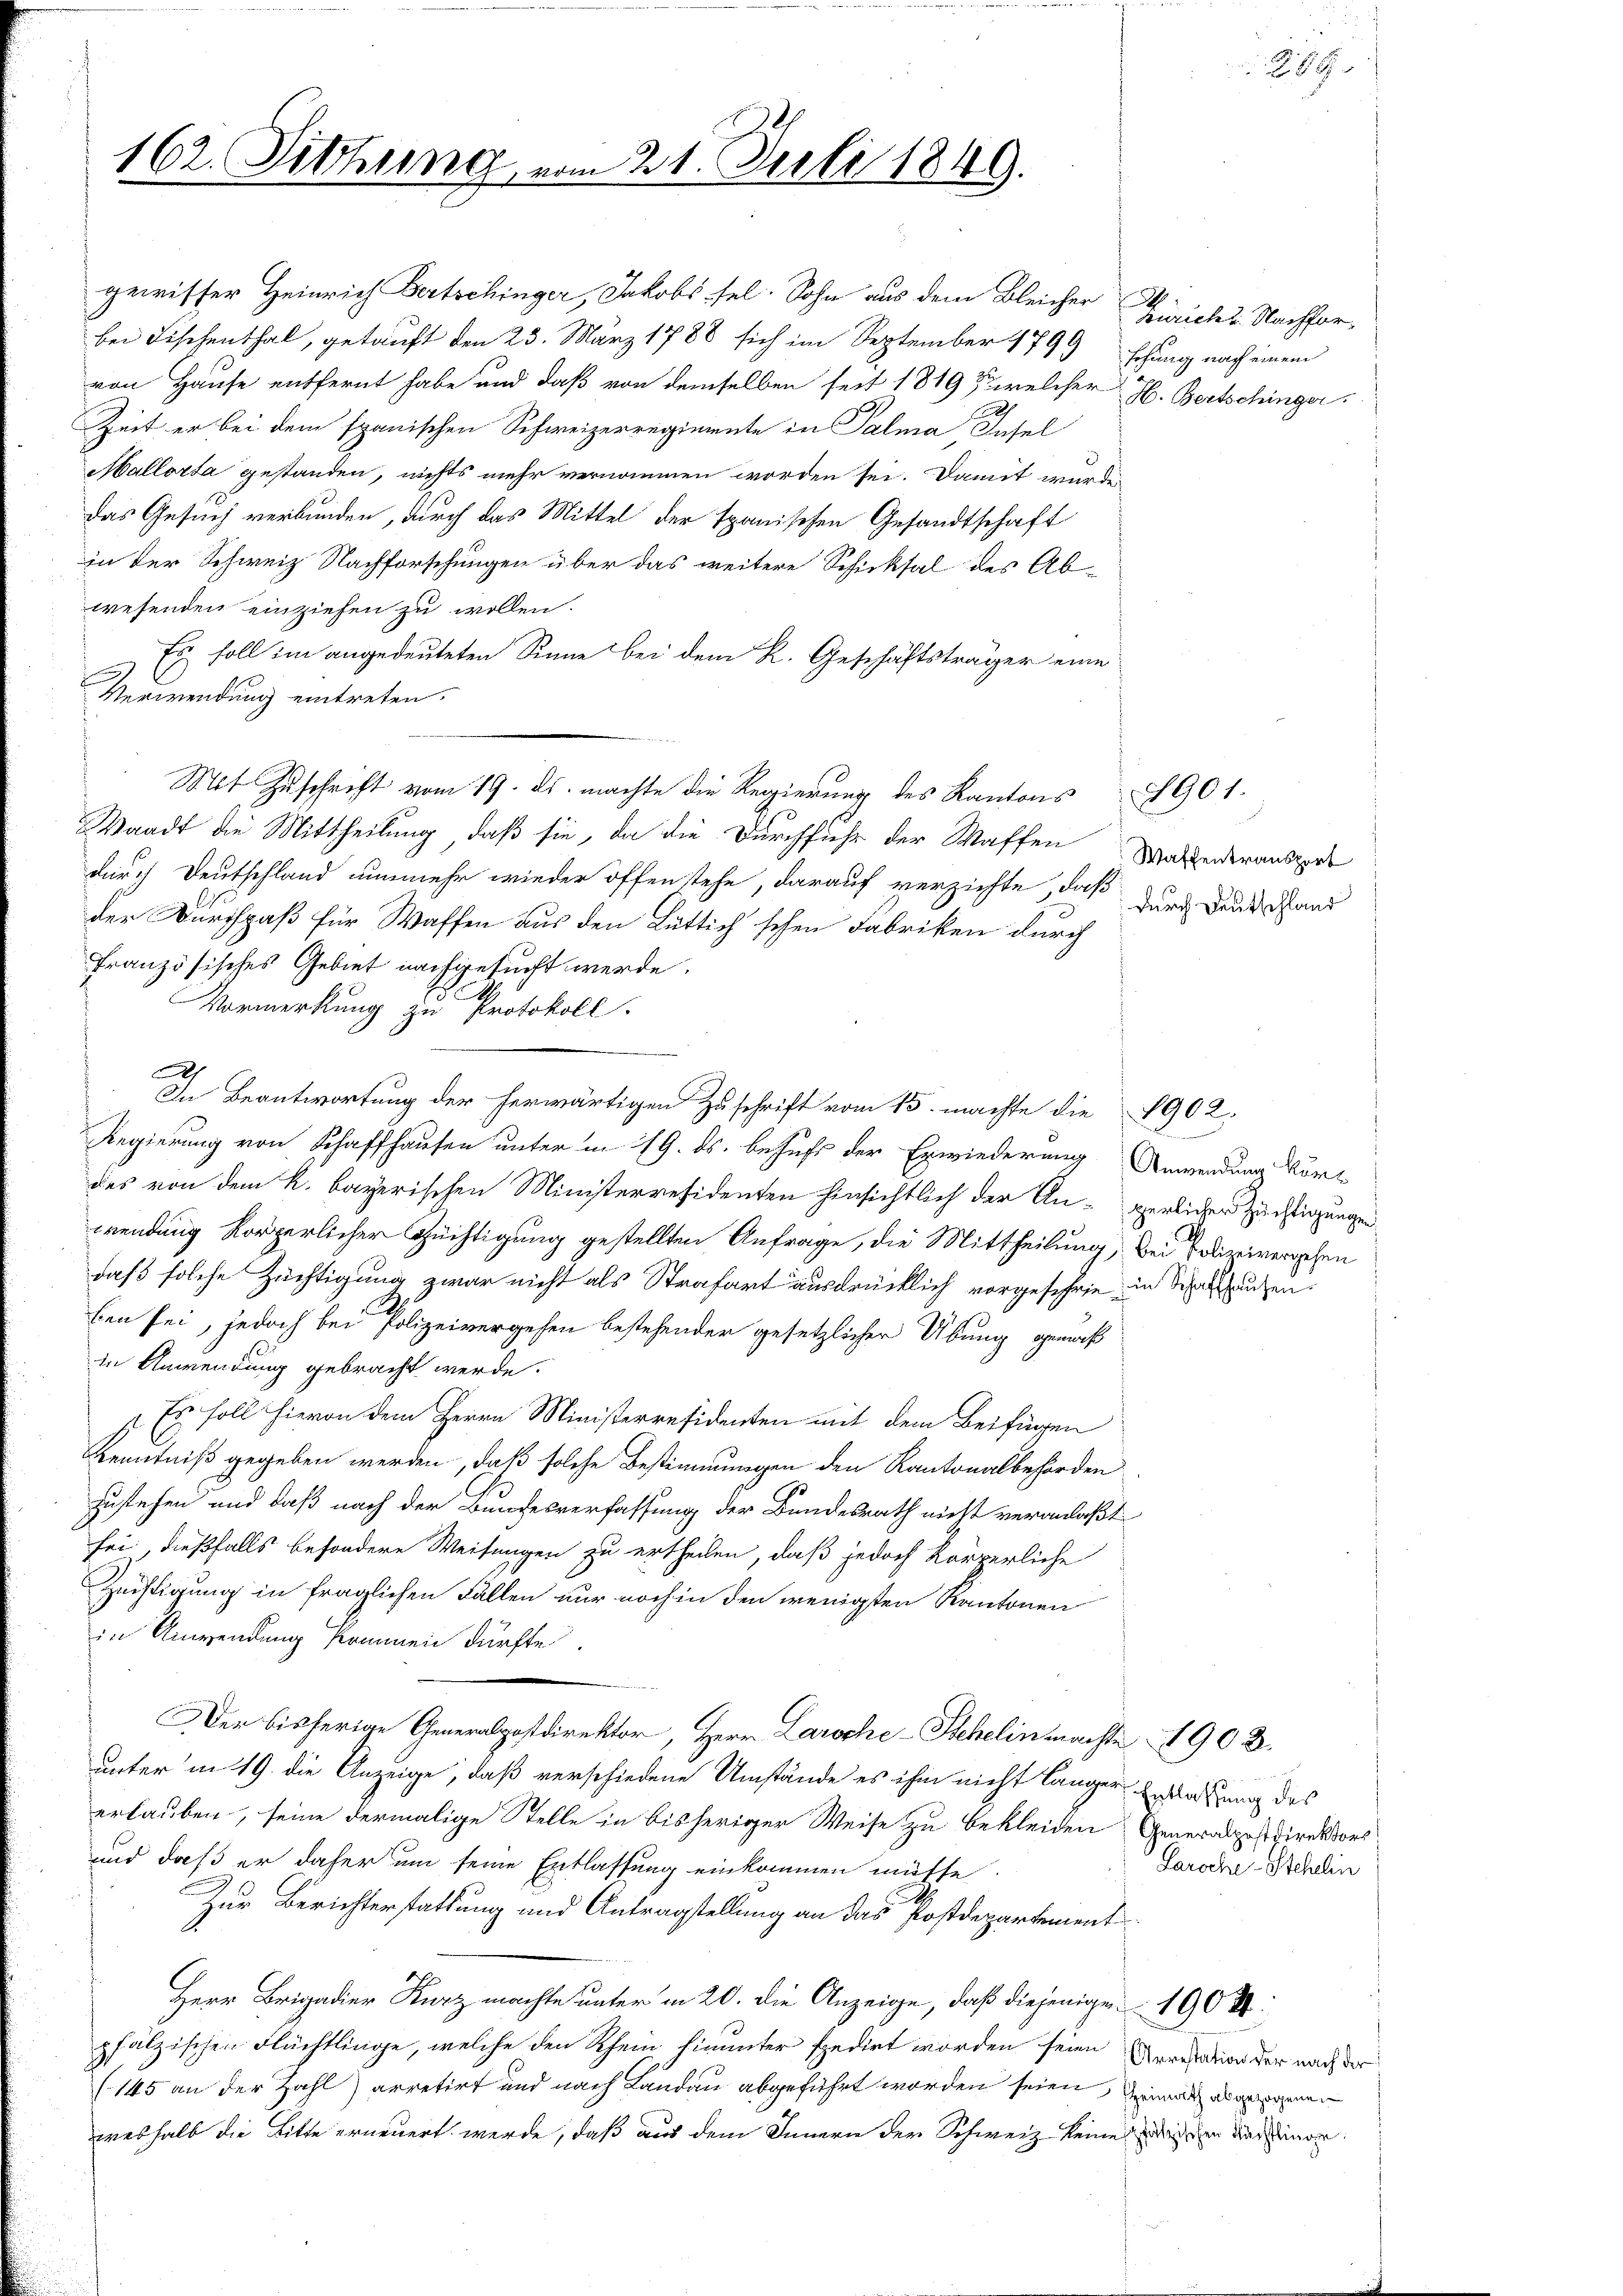
162. Sitzung vom 21. Juli 1849.

gewisser Heinrich Bertschinger, Jakobs sel. Sohn aus dem Bleicher Züricht. Nachforbei Fischenthal, getauft den 23. März 1788 sich im September 1799 schung nach einem
von Hause entfernt habe und daß von demselben seit 1819, welcher H. Bertschinger
Zeit er bei dem spanischen Schweizerregimente in Palma Insel
Mallorta gestanden, nichts mehr vernommen worden sei. Damit wurde
Das Gesuch verbunden, durch das Mittel der Spanischen Gesandtschaft
in der Schweiz Nachforschungen über das weitere Schicksal des Abwesenden einziehen zu wollen.
Es soll im angedeuteten Sinne bei dem R. Geschäftsträger eine
g
Verwendung eintreten.
Mit Zuschrift vom 19. ds. machte die Regierung des Kantons 1901.
Waadt die Mittheilung, daß sie, da die Durchfuhr der Waffen
durch Deutschland nunmehr wieder offen stehe, darauf verzichte, daß
der Durchpaß für Waffen aus den Lüttich'schen Fabriken durch
französisches Gebiet nachgesucht werde.
Vormerkung zu Protokoll.
In Beantwortung der herwärtigen Zuschrift vom 15. machte die 1902.
Regierung von Schaffhausen unter in 19. ds. behufs der Erwiederung Anwendung vorl
des von dem k. bayerischen Ministerresidenten hinsichtlich der An- verlicher Züchtigungen
wendung körperlicher Züchtigung gestellten Anfrage, die Mittheilung, bei Polizeivergehen
daß solche Züchtigung zwar nicht als Strafart ausdrücklich vorgeschrie in Sehnsuchen.
ben sei, jedoch bei Polizeivergehen bestehender gesetzlicher Übung gemaß
in Anwendung gebracht werde.
Es soll hievon dem Herrn Ministerresidenten mit dem Beifügen
Kenntniß gegeben werden, daß solche Bestimmungen den Kantonalbehörden
zustehen und daß nach der Bundesverfassung der Bundesrath nicht veranlaßt
sei, dießfalls besondere Weisungen zu ertheilen, daß jedoch körperliche
Züchtigung in fraglichen Fallen nur noch in den wenigsten Kantonen
in Anwendung kommen dürfte.
Der bisherige Generalpostdirektor, Herr Laroche-Schelin machte 1902.
unter in 19. die Anzeige, daß verschiedene Umstände es ihm nicht länger Ersatzung des
erlauben, seine dermalige Stelle in bisheriger Weise zu bekleiden Generalpostdirektors
und daß er daher um seine Entlassung einkommen müsse.
Zur Berichterstattung und Antragstellung an das Postdepartement
Herr Brigadier Kurz machte unter in 20. die Anzeige, daß diejenigen 190 Rt.
pfälzischen Flächtlinge, welche den Rhein hinunter spedirt worden seien Arrestation der nach der
(145 an der Zahl arretirt und nach Landau abgeführt worden seien, einmal abgenen
weshalb die Bitte erneuert werde, daß aus dem Innern der Schweiz keine des in diesener

Waffentransport
durch Deutschland

89

Paroche Stehelin